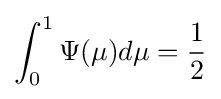
\int _{0}^{1}\Psi (\mu )d\mu ={\frac {1}{2}}